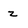
Character: z